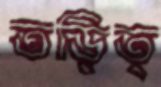
তড়িত্